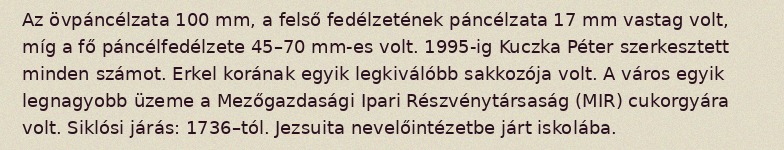
Az övpáncélzata 100 mm, a felső fedélzetének páncélzata 17 mm vastag volt, míg a fő páncélfedélzete 45–70 mm-es volt. 1995-ig Kuczka Péter szerkesztett minden számot. Erkel korának egyik legkiválóbb sakkozója volt. A város egyik legnagyobb üzeme a Mezőgazdasági Ipari Részvénytársaság (MIR) cukorgyára volt. Siklósi járás: 1736–tól. Jezsuita nevelőintézetbe járt iskolába.